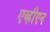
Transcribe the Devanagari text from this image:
एव्हीएन